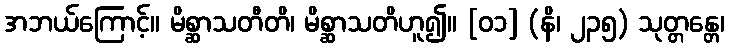
အဘယ်ကြောင့်။ မိစ္ဆာသတီတိ၊ မိစ္ဆာသတိဟူ၍။ [၀၁] (နိ၊ ၂၃၅) သုတ္တန္တေ၊